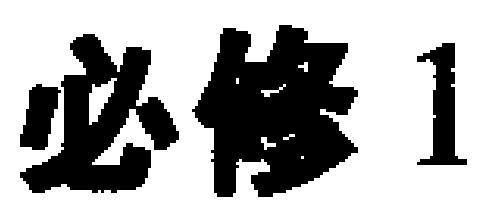
必修 1